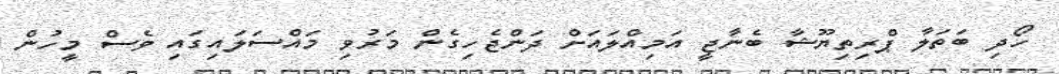
ހޯދި ބަތަލާ ޕްރިތިޔޫޝާ ބެނާޖީ އަމިއްލައަށް ދަންޖެހިގެން މަރުވި މައްސަލައިގައި ވެސް މީހުން